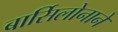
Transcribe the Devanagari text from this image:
बार्सिलोनाने